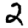
Digit: 2